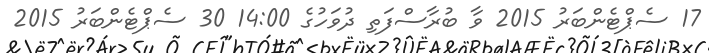
17 ސެޕްޓެންބަރު 2015 ވާ ބުރާސްފަތި ދުވަހުގެ 14:00 30 ސެޕްޓެންބަރު 2015